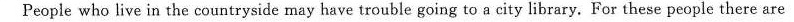
People who live in the countryside may have trouble going to a city library. For these people there are